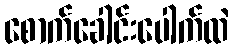
စောက်ခေါင်းပေါက်ထဲ